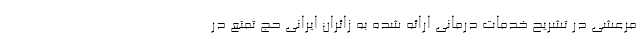
مرعشی در تشریح خدمات درمانی ارائه شده به زائران ایرانی حج تمتع در